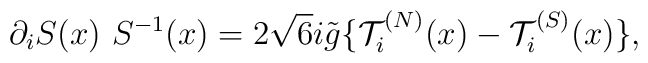
\partial_i S(x) \ S^{-1}(x) = 2 \sqrt{6} i \tilde{g}   \{ {\cal T}_i^{(N)}(x) - {\cal T}_i^{(S)}(x) \},